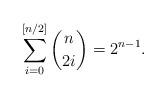
LaTeX: \begin{align*}\sum_{i=0}^{[n/2]} \binom{n}{2i}=2^{n-1}.\end{align*}